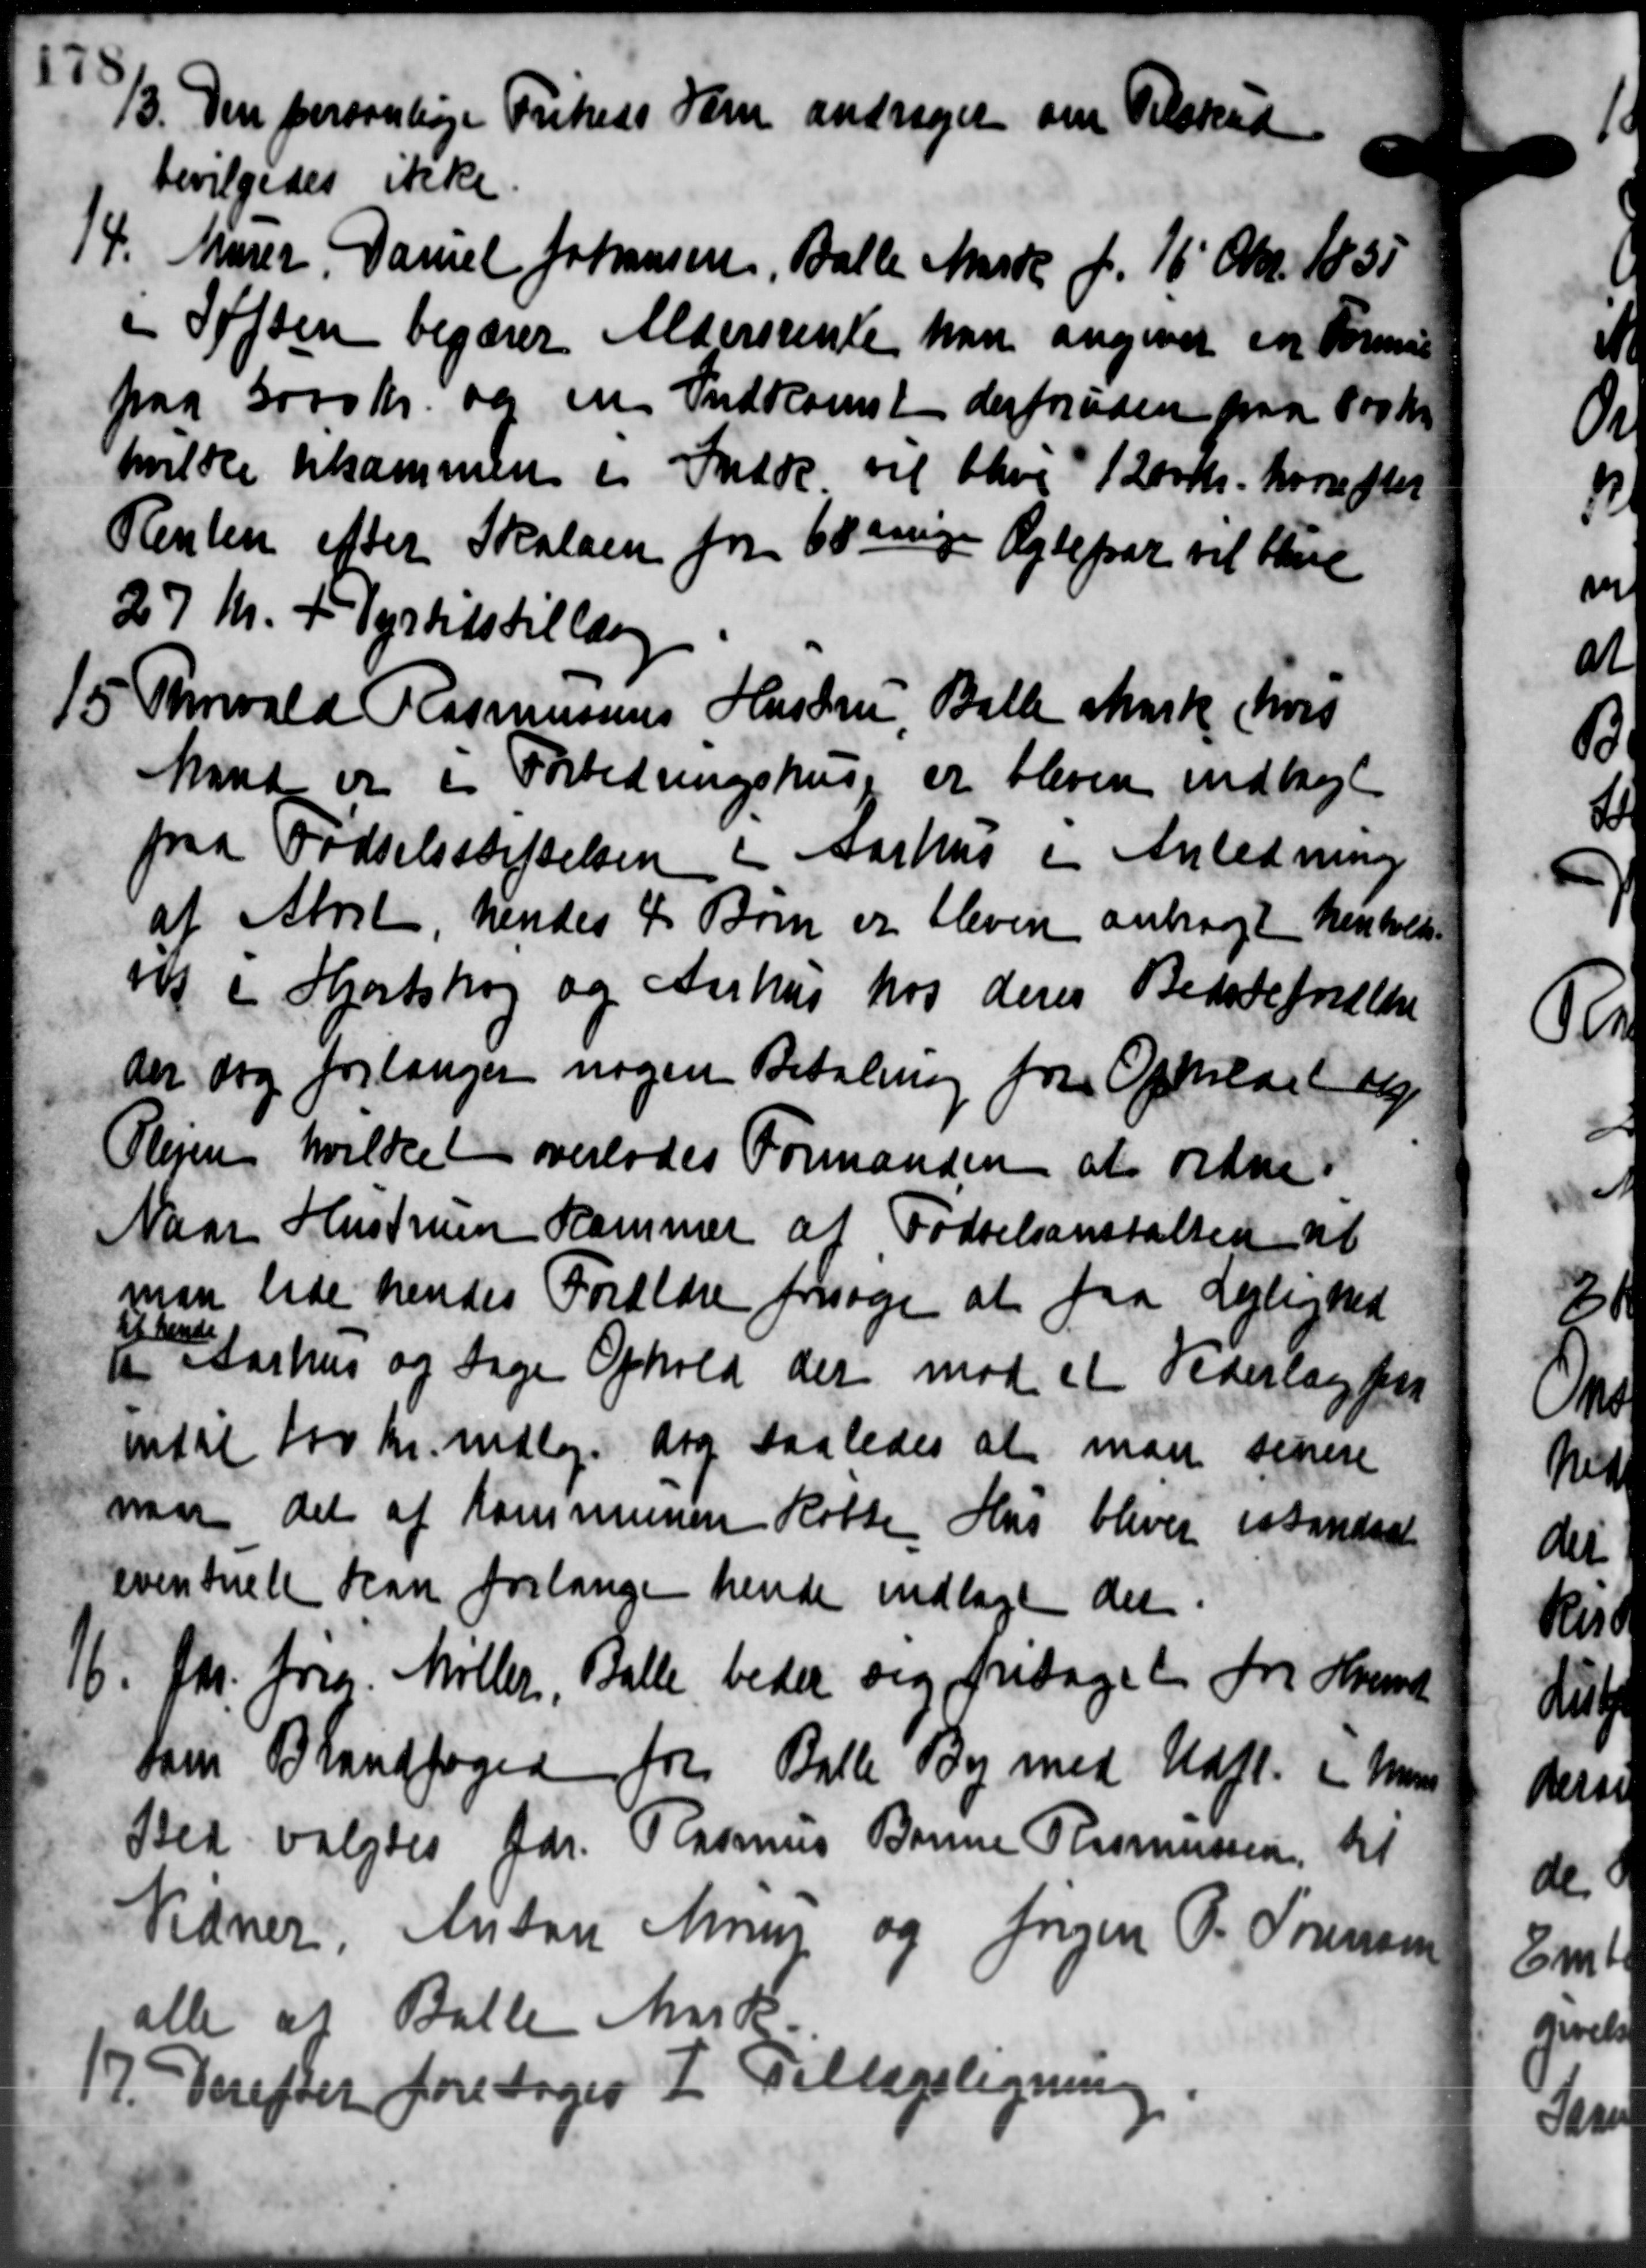
Transskription:
33. Den forsonlige Friheds Sarn andrager om Tilskud
33. Den forsonlige Friheds Sarn andrager om Tilskud
bevilgedes ikke
14. Murer Daniel Johansen, Balle Marte f. 16' Okt. 1835
14. Murer Daniel Johansen, Balle Marte f. 16' Okt. 1835
i Søften begærer Aldersrente han angivet en Formue
paa 3000 Kr. og en Indkomst derforuden paa 800 Kr.
hvilke tilsammen i Indde vil blive 1200 Kr. hvorefter
Renten efter Skoleen fra Er enige Ægtepar vil Have
27 Kr. + Dyrtidstillægge
15 Thnvald Rasmussens Hustru, Balle Mark hvis
15 Thnvald Rasmussens Hustru, Balle Mark hvis
Mand er i Forbedringshuse er bleven indlagt
paa Fødselsstiftelsen i Aarhus i Anledning
af April hendes 4 Børn er bleven anbragt henholds-
nig i Hjortshøj og Aarhus hos deres Bededeforelle
der dog forlanger nogen Betaling fra Opholdet og
Plejen hvilket overlodes Formanden at ordne
Naar Hustruen Hammer af Fødselsanstalten til
man lade hendes Forældre forsøge at faa Lejlighed
 Aarhus og tage Ophold der mod et Vederlag fra
ibe
intil 100 Kr. mdlg. ang saaledes at man senere
naar det af Kommunen Rotten Hus bliver istandsat
eventuelt kan forlange hende indtage det
16. fhv. frem. Møller, Balle beder sig fritaget fra Hend
16. fhv. frem. Møller, Balle beder sig fritaget fra Hend
Som Brandfoged fra Balle By med Udfl. i man
Bek valgtes Gdr. Rasmus Banne Rasmussen til
Vidner, Anton Moug og Jørgen P. Sørensen
alle at Balle Mark.
17. Derefter foretoges I Tillægsligning
17. Derefter foretoges I Tillægsligning